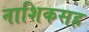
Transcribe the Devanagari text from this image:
नाशिकसह